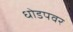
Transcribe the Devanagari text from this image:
धोडपवर